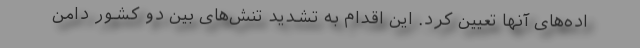
اده‌های آنها تعیین کرد. این اقدام به تشدید تنش‌های بین دو کشور دامن